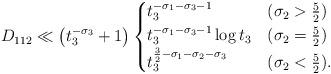
LaTeX: \begin{align*}D_{112} &\ll \left( t_3^{-\sigma_3} + 1 \right) \begin{cases}t_3^{-\sigma_1-\sigma_3-1} & (\sigma_2>\frac{5}{2}) \\t_3^{-\sigma_1-\sigma_3-1}\log t_3 & (\sigma_2=\frac{5}{2}) \\t_3^{\frac{3}{2}-\sigma_1-\sigma_2-\sigma_3} & (\sigma_2<\frac{5}{2}). \\\end{cases}\end{align*}